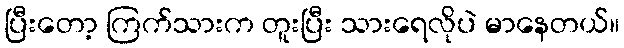
ပြီးတော့ ကြက်သားက တူးပြီး သားရေလိုပဲ မာနေတယ်။